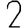
Digit: 2